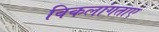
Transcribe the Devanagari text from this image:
विकलांगताएं